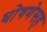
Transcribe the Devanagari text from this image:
घोषणेसह